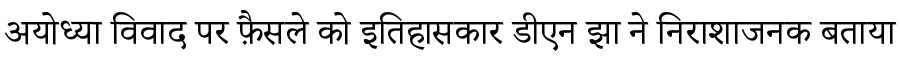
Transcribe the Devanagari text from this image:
अयोध्या विवाद पर फ़ैसले को इतिहासकार डीएन झा ने निराशाजनक बताया